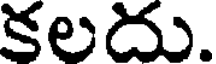
కలదు.